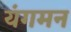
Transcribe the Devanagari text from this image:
यंगमन